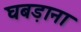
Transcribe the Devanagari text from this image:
घबड़ाना